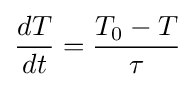
{\frac {dT}{dt}}={\frac {T_{0}-T}{\tau }}